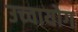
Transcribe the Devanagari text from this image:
उच्‍चायोग